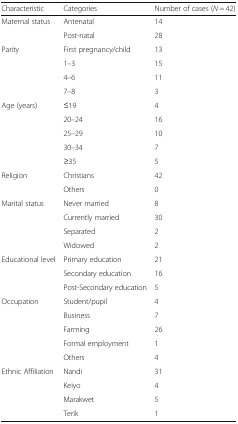
| Characteristic | Categories | Number of cases (N = 42) |
 | --- | --- | --- |
 | <ROWSPAN=2> Maternal status | Antenatal | 14 |
 | Post-natal | 28 |
 | <ROWSPAN=4> Parity | First pregnancy/child | 13 |
 | 1–3 | 15 |
 | 4–6 | 11 |
 | 7–8 | 3 |
 | <ROWSPAN=5> Age (years) | ≤19 | 4 |
 | 20–24 | 16 |
 | 25–29 | 10 |
 | 30–34 | 7 |
 | ≥35 | 5 |
 | <ROWSPAN=2> Religion | Christians | 42 |
 | Others | 0 |
 | <ROWSPAN=4> Marital status | Never married | 8 |
 | Currently married | 30 |
 | Separated | 2 |
 | Widowed | 2 |
 | <ROWSPAN=3> Educational level | Primary education | 21 |
 | Secondary education | 16 |
 | Post-Secondary education | 5 |
 | <ROWSPAN=5> Occupation | Student/pupil | 4 |
 | Business | 7 |
 | Farming | 26 |
 | Formal employment | 1 |
 | Others | 4 |
 | <ROWSPAN=4> Ethnic Affiliation | Nandi | 31 |
 | Keiyo | 4 |
 | Marakwet | 5 |
 | Terik | 1 |